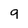
Character: 9